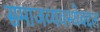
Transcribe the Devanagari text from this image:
समाजव्यवस्थेबद्दल